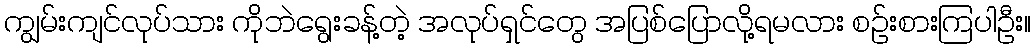
ကျွမ်းကျင်လုပ်သား ကိုဘဲရွေးခန့်တဲ့ အလုပ်ရှင်တွေ အပြစ်ပြောလို့ရမလား စဉ်းစားကြပါဦး။